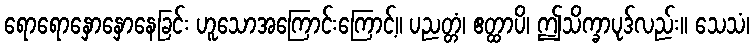
ရောရောနှောနှောနေခြင်း ဟူသောအကြောင်းကြောင့်။ ပညတ္တံ၊ ဧတ္ထာပိ၊ ဤသိက္ခာပုဒ်လည်း။ သေသံ၊